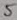
Text: 5